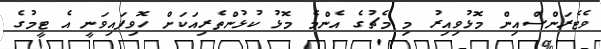
ވެޓެރަންސްއިން މޮޅުވިއިރު މި މެޗުގެ އެންމެ މޮޅު ކުޅުންތެރިއަކަށް ހޮވިފައިވަނީ އެ ޓީމުގެ